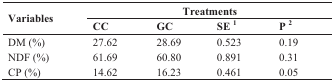
<table><thead><tr><td rowspan="2"><b>Variables</b></td><td colspan="4"><b>Treatments</b></td></tr><tr><td><b>CC</b></td><td><b>GC</b></td><td><b>SE <sup>1</sup></b></td><td><b>P <sup>2</sup></b></td></tr></thead><tbody><tr><td>DM (%)</td><td>27.62</td><td>28.69</td><td>0.523</td><td>0.19</td></tr><tr><td>NDF (%)</td><td>61.69</td><td>60.80</td><td>0.891</td><td>0.31</td></tr><tr><td>CP (%)</td><td>14.62</td><td>16.23</td><td>0.461</td><td>0.05</td></tr></tbody></table>